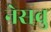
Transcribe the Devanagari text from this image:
नेसवु